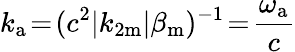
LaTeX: k_{\mathrm{a}}\! =\! (c^{2}|k_{2\mathrm{m}}|\beta_{\mathrm{m}})^{-1}\! =\! \frac{\omega_{\mathrm{a}}}{c}